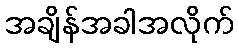
အချိန်အခါအလိုက်